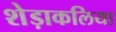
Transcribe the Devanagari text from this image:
शेड़ाकलिया